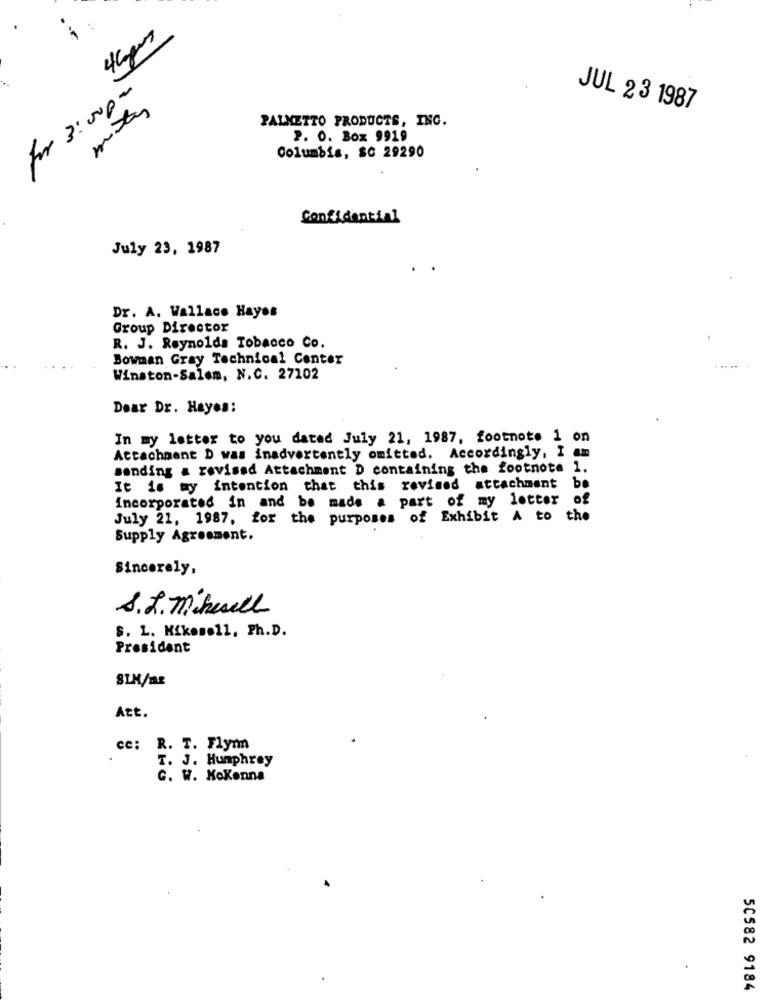
For 3:0000
JUL 23 1987
PALNETTO PRODUCTS, INC.
P. O. Box 9919
Columbia, SC 29290
Confidential
July 23, 1987
Dr. A. Wallace Hayes
Group Director
R. J. Reynolds Tobacco Co.
Bowman Gray Technical Center
Winston-Salem, N.C. 27102
Dear Dr. Hayes:
In my letter to you dated July 21, 1987, footnote 1 on
Attachment D was inadvertently omitted. Accordingly, I am
sending a revised Attachment D containing the footnote 1.
be
It is my intention that this revised attachment
incorporated in and be made a part of my lotter
of
July 21, 1987. for the purposes of Exhibit A to the
Supply Agreement.
Sincerely,
S. L. M.chewell
S. L. Hikonoll, Ph.D.
President
SIM/m2
Att.
cc: R. T. Flyn
T. J. Humphrey
G. W. Kokenna
.
50582 9184